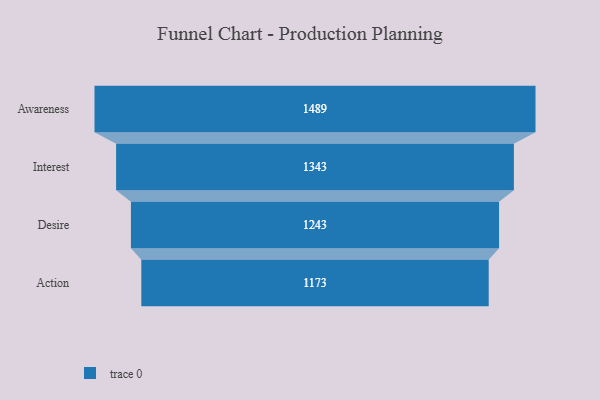
{"axis": {"x": "Stage", "y": "Value"}, "legend": [""], "data": [{"x": "Awareness", "y": 1489.0, "type": ""}, {"x": "Interest", "y": 1343.0, "type": ""}, {"x": "Desire", "y": 1243.0, "type": ""}, {"x": "Action", "y": 1173.0, "type": ""}]}